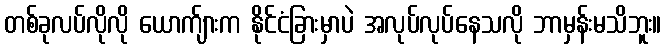
တစ်ခုလပ်လိုလို ယောက်ျားက နိုင်ငံခြားမှာပဲ အလုပ်လုပ်နေသလို ဘာမှန်းမသိဘူး။